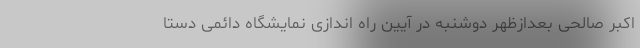
اکبر صالحی بعدازظهر دوشنبه در آیین راه اندازی نمایشگاه دائمی دستا